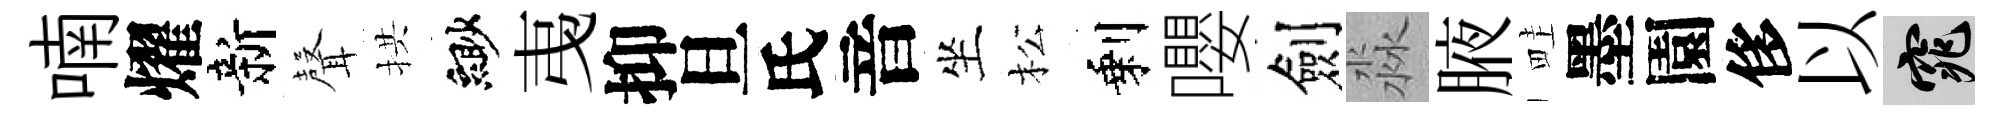
喃燿新𮋻拱緲𢎯抑旦氏音坐松剩嚶劍淼腋畦墨園侈以窕